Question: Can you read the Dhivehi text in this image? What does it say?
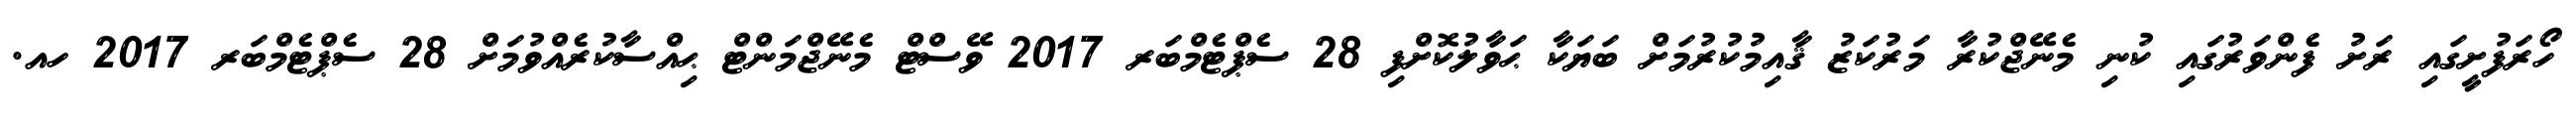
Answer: ހޯރަފުށީގައި ރަށު ފެންވަރުގައި ކުނި މެނޭޖްކުރާ މަރުކަޒު ޤާއިމުކުރުމަށް ބަޔަކާ ޙަވާލުކޮށްފި 28 ސެޕްޓެމްބަރ 2017 ވޭސްޓް މެނޭޖްމަންޓް ޙިއްސާކުރެއްވުމަށް 28 ސެޕްޓެމްބަރ 2017 ހއ.